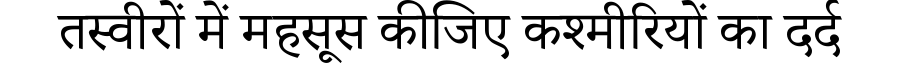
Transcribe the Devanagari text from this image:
तस्वीरों में महसूस कीजिए कश्मीरियों का दर्द